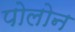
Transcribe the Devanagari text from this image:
पोलोन